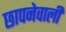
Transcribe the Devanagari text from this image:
छापनेवाली